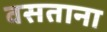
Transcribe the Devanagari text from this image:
वसताना